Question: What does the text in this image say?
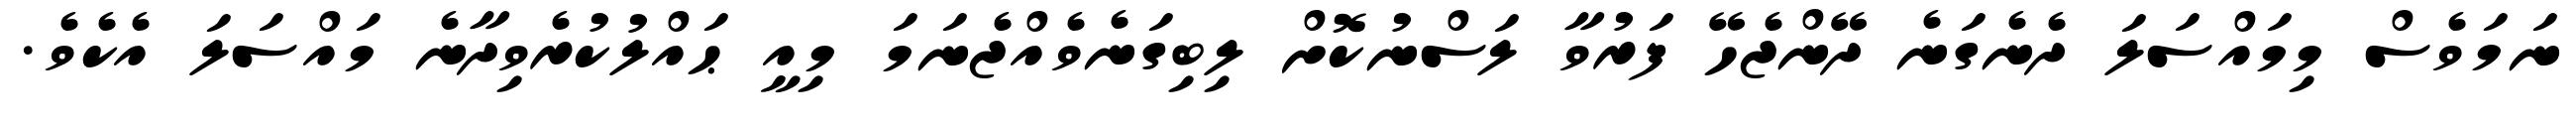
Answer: ނަމަވެސް މިމައްސަލަ ދެނެގަނެ ދޭންޖެހޭ ފަރުވާ ލަސްނުކޮށް ލިބިގަނެވެއްޖެނަމަ މިއީ ޙައްލުކުރެވިދާނެ މައްސަލަ އެކެވެ.